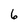
Character: 6